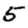
Digit: 5